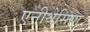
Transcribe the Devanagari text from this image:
एनीथेसिया